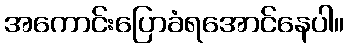
အကောင်းပြောခံရအောင်နေပါ။